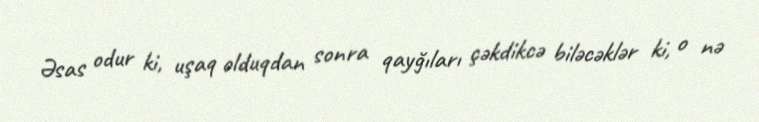
Əsas odur ki, uşaq olduqdan sonra qayğıları çəkdikcə biləcəklər ki, o nə